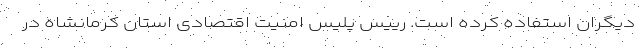
دیگران استفاده کرده است. رییس پلیس امنیت اقتصادی استان کرمانشاه در